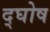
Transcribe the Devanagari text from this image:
द्घोष